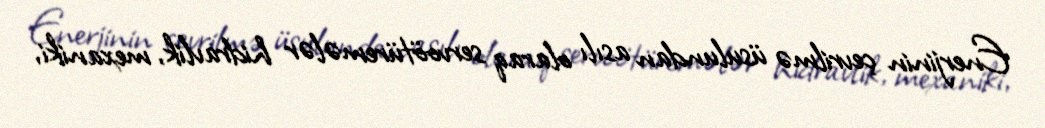
Enerjinin çevrilmə üsulundan asılı olaraq servoötüremələr hidravlik, mexaniki,